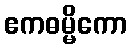
ဧကဓမ္မိကော